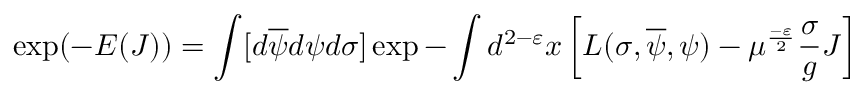
\exp ( - E ( J ) ) = \int [ d \overline { { { \psi } } } d \psi d \sigma ] \exp - \int d ^ { 2 - \varepsilon } x \left[ { \cal L } ( \sigma , \overline { { { \psi } } } , \psi ) - \mu ^ { \frac { - \varepsilon } { 2 } } \frac { \sigma } { g } J \right]